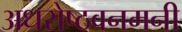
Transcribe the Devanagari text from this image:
अधरोष्ठवनमनी